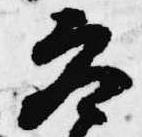
参